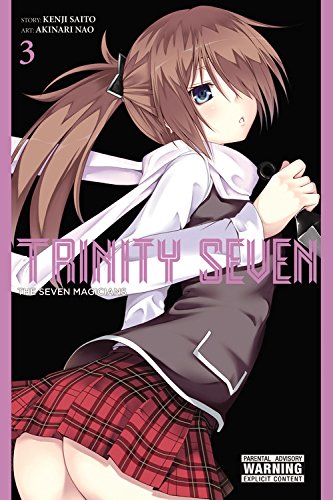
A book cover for Trinity Seven, Vol. 3: The Seven Magicians; Kenji Saitou; Comics & Graphic Novels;